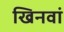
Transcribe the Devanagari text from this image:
खिनवां